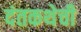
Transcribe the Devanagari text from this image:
दंतकथेची